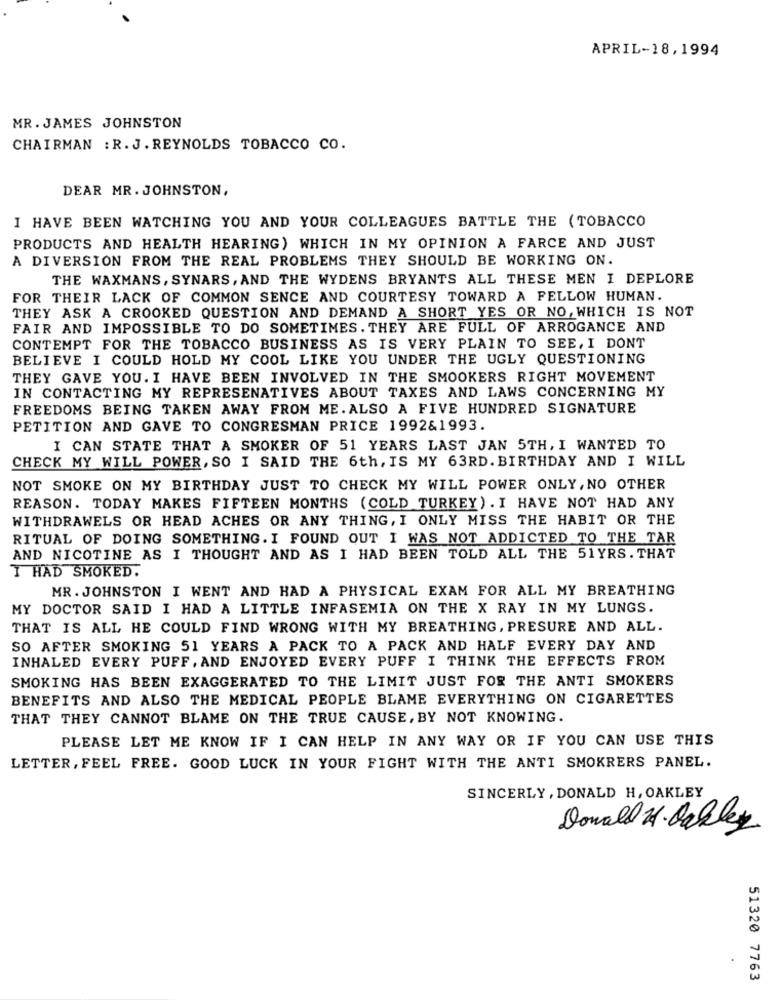
APRIL-18,1994
MR. JAMES JOHNSTON
CHAIRMAN : R. J. REYNOLDS TOBACCO CO.
DEAR MR. JOHNSTON,
I HAVE BEEN WATCHING YOU AND YOUR COLLEAGUES BATTLE THE (TOBACCO
PRODUCTS AND HEALTH HEARING) WHICH IN MY OPINION A FARCE AND JUST
A DIVERSION FROM THE REAL PROBLEMS THEY SHOULD BE WORKING ON.
THE WAXMANS, SYNARS, AND THE WYDENS BRYANTS ALL THESE MEN I DEPLORE
FOR THEIR LACK OF COMMON SENCE AND COURTESY TOWARD A FELLOW HUMAN.
THEY ASK A CROOKED QUESTION AND DEMAND A SHORT YES OR NO, WHICH IS NOT
FAIR AND IMPOSSIBLE TO DO SOMETIMES. THEY ARE FULL OF ARROGANCE AND
CONTEMPT FOR THE TOBACCO BUSINESS AS IS VERY PLAIN TO SEE, I DONT
BELIEVE I COULD HOLD MY COOL LIKE YOU UNDER THE UGLY QUESTIONING
THEY GAVE YOU. I HAVE BEEN INVOLVED IN THE SMOOKERS RIGHT MOVEMENT
IN CONTACTING MY REPRESENATIVES ABOUT TAXES AND LAWS CONCERNING MY
FREEDOMS BEING TAKEN AWAY FROM ME. ALSO A FIVE HUNDRED SIGNATURE
PETITION AND GAVE TO CONGRESMAN PRICE 1992&1993.
I CAN STATE THAT A SMOKER OF 51 YEARS LAST JAN 5TH, I WANTED TO
CHECK MY WILL POWER, SO I SAID THE 6th, IS MY 63RD. BIRTHDAY AND I WILL
NOT SMOKE ON MY BIRTHDAY JUST TO CHECK MY WILL POWER ONLY, NO OTHER
REASON. TODAY MAKES FIFTEEN MONTHS (COLD TURKEY) . I HAVE NOT HAD ANY
WITHDRAWELS OR HEAD ACHES OR ANY THING, I ONLY MISS THE HABIT OR THE
RITUAL OF DOING SOMETHING. I FOUND OUT I WAS NOT ADDICTED TO THE TAR
AND NICOTINE AS I THOUGHT AND AS I HAD BEEN TOLD ALL THE 51YRS. THAT
I HAD SMOKED.
MR . JOHNSTON I WENT AND HAD A PHYSICAL EXAM FOR ALL MY BREATHING
MY DOCTOR SAID I HAD A LITTLE INFASEMIA ON THE X RAY IN MY LUNGS.
THAT IS ALL HE COULD FIND WRONG WITH MY BREATHING, PRESURE AND ALL.
SO AFTER SMOKING 51 YEARS A PACK TO A PACK AND HALF EVERY DAY AND
INHALED EVERY PUFF, AND ENJOYED EVERY PUFF I THINK THE EFFECTS FROM
SMOKING HAS BEEN EXAGGERATED TO THE LIMIT JUST FOR THE ANTI SMOKERS
BENEFITS AND ALSO THE MEDICAL PEOPLE BLAME EVERYTHING ON CIGARETTES
THAT THEY CANNOT BLAME ON THE TRUE CAUSE, BY NOT KNOWING.
PLEASE LET ME KNOW IF I CAN HELP IN ANY WAY OR IF YOU CAN USE THIS
LETTER, FEEL FREE. GOOD LUCK IN YOUR FIGHT WITH THE ANTI SMOKRERS PANEL.
SINCERLY, DONALD H, OAKLEY
Donald H. Oakley
51320 7763